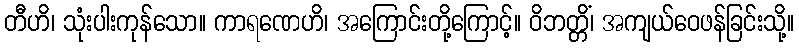
တီဟိ၊ သုံးပါးကုန်သော။ ကာရဏေဟိ၊ အကြောင်းတို့ကြောင့်။ ဝိဘတ္တိံ၊ အကျယ်ဝေဖန်ခြင်းသို့။